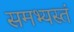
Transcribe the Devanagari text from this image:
समभ्यस्तं